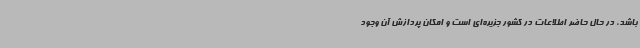
باشد، در حال حاضر اطلاعات در کشور جزیره‌ای است و امکان پردازش آن وجود